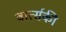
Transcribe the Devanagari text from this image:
वार्त्सकी